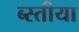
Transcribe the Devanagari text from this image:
ब्स्तीया